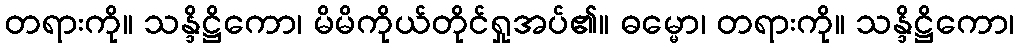
တရားကို။ သန္ဒိဋ္ဌိကော၊ မိမိကိုယ်တိုင်ရှုအပ်၏။ ဓမ္မော၊ တရားကို။ သန္ဒိဋ္ဌိကော၊